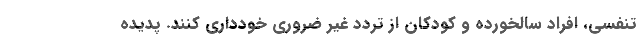
تنفسی، افراد سالخورده و کودکان از تردد غیر ضروری خودداری کنند. پدیده